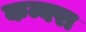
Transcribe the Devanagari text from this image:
कम्बरा